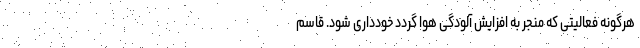
هرگونه فعالیتی که منجر به افزایش آلودگی هوا گردد خودداری شود. قاسم